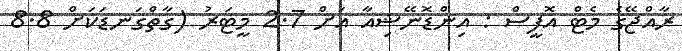
ރާއްޖޭގެ މެޓް އޮފީސް : އިންޑޮނޭޝިއާ އަށް 2.7 މީޓަރު (ގާތްގަނޑަކަށް 8.8